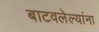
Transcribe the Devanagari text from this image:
बाटवलेल्यांना